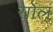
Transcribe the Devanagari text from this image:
राोल